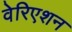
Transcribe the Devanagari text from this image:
वेरिएशन